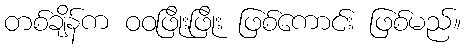
တစ်ချိန်က ဝဝဖြိုးဖြိုး ဖြစ်ကောင်း ဖြစ်မည်။